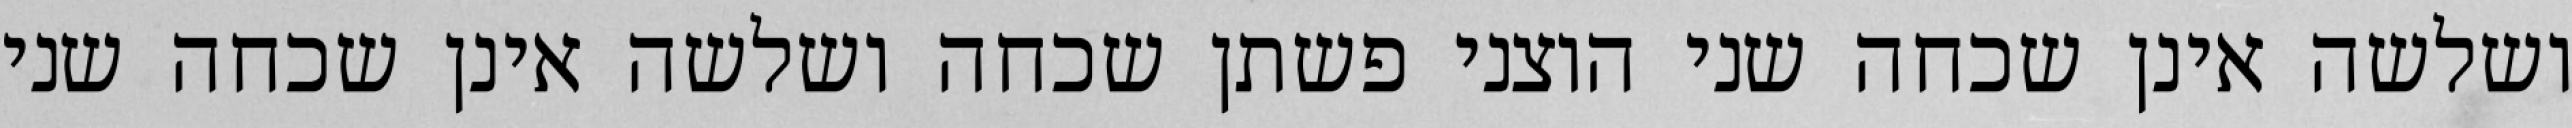
ושלשה אינן שכחה שני הוצני פשתן שכחה ושלשה אינן שכחה שני